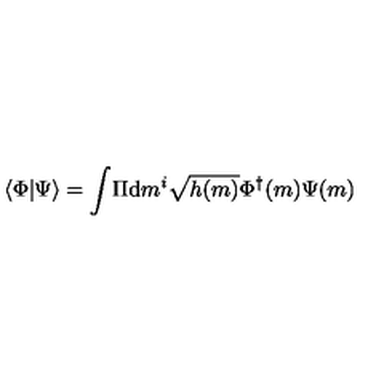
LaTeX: \langle \Phi | \Psi \rangle = \int \! \Pi \mathrm { d } m ^ { i } \sqrt { h ( m ) } \Phi ^ { \dagger } ( m ) \Psi ( m )